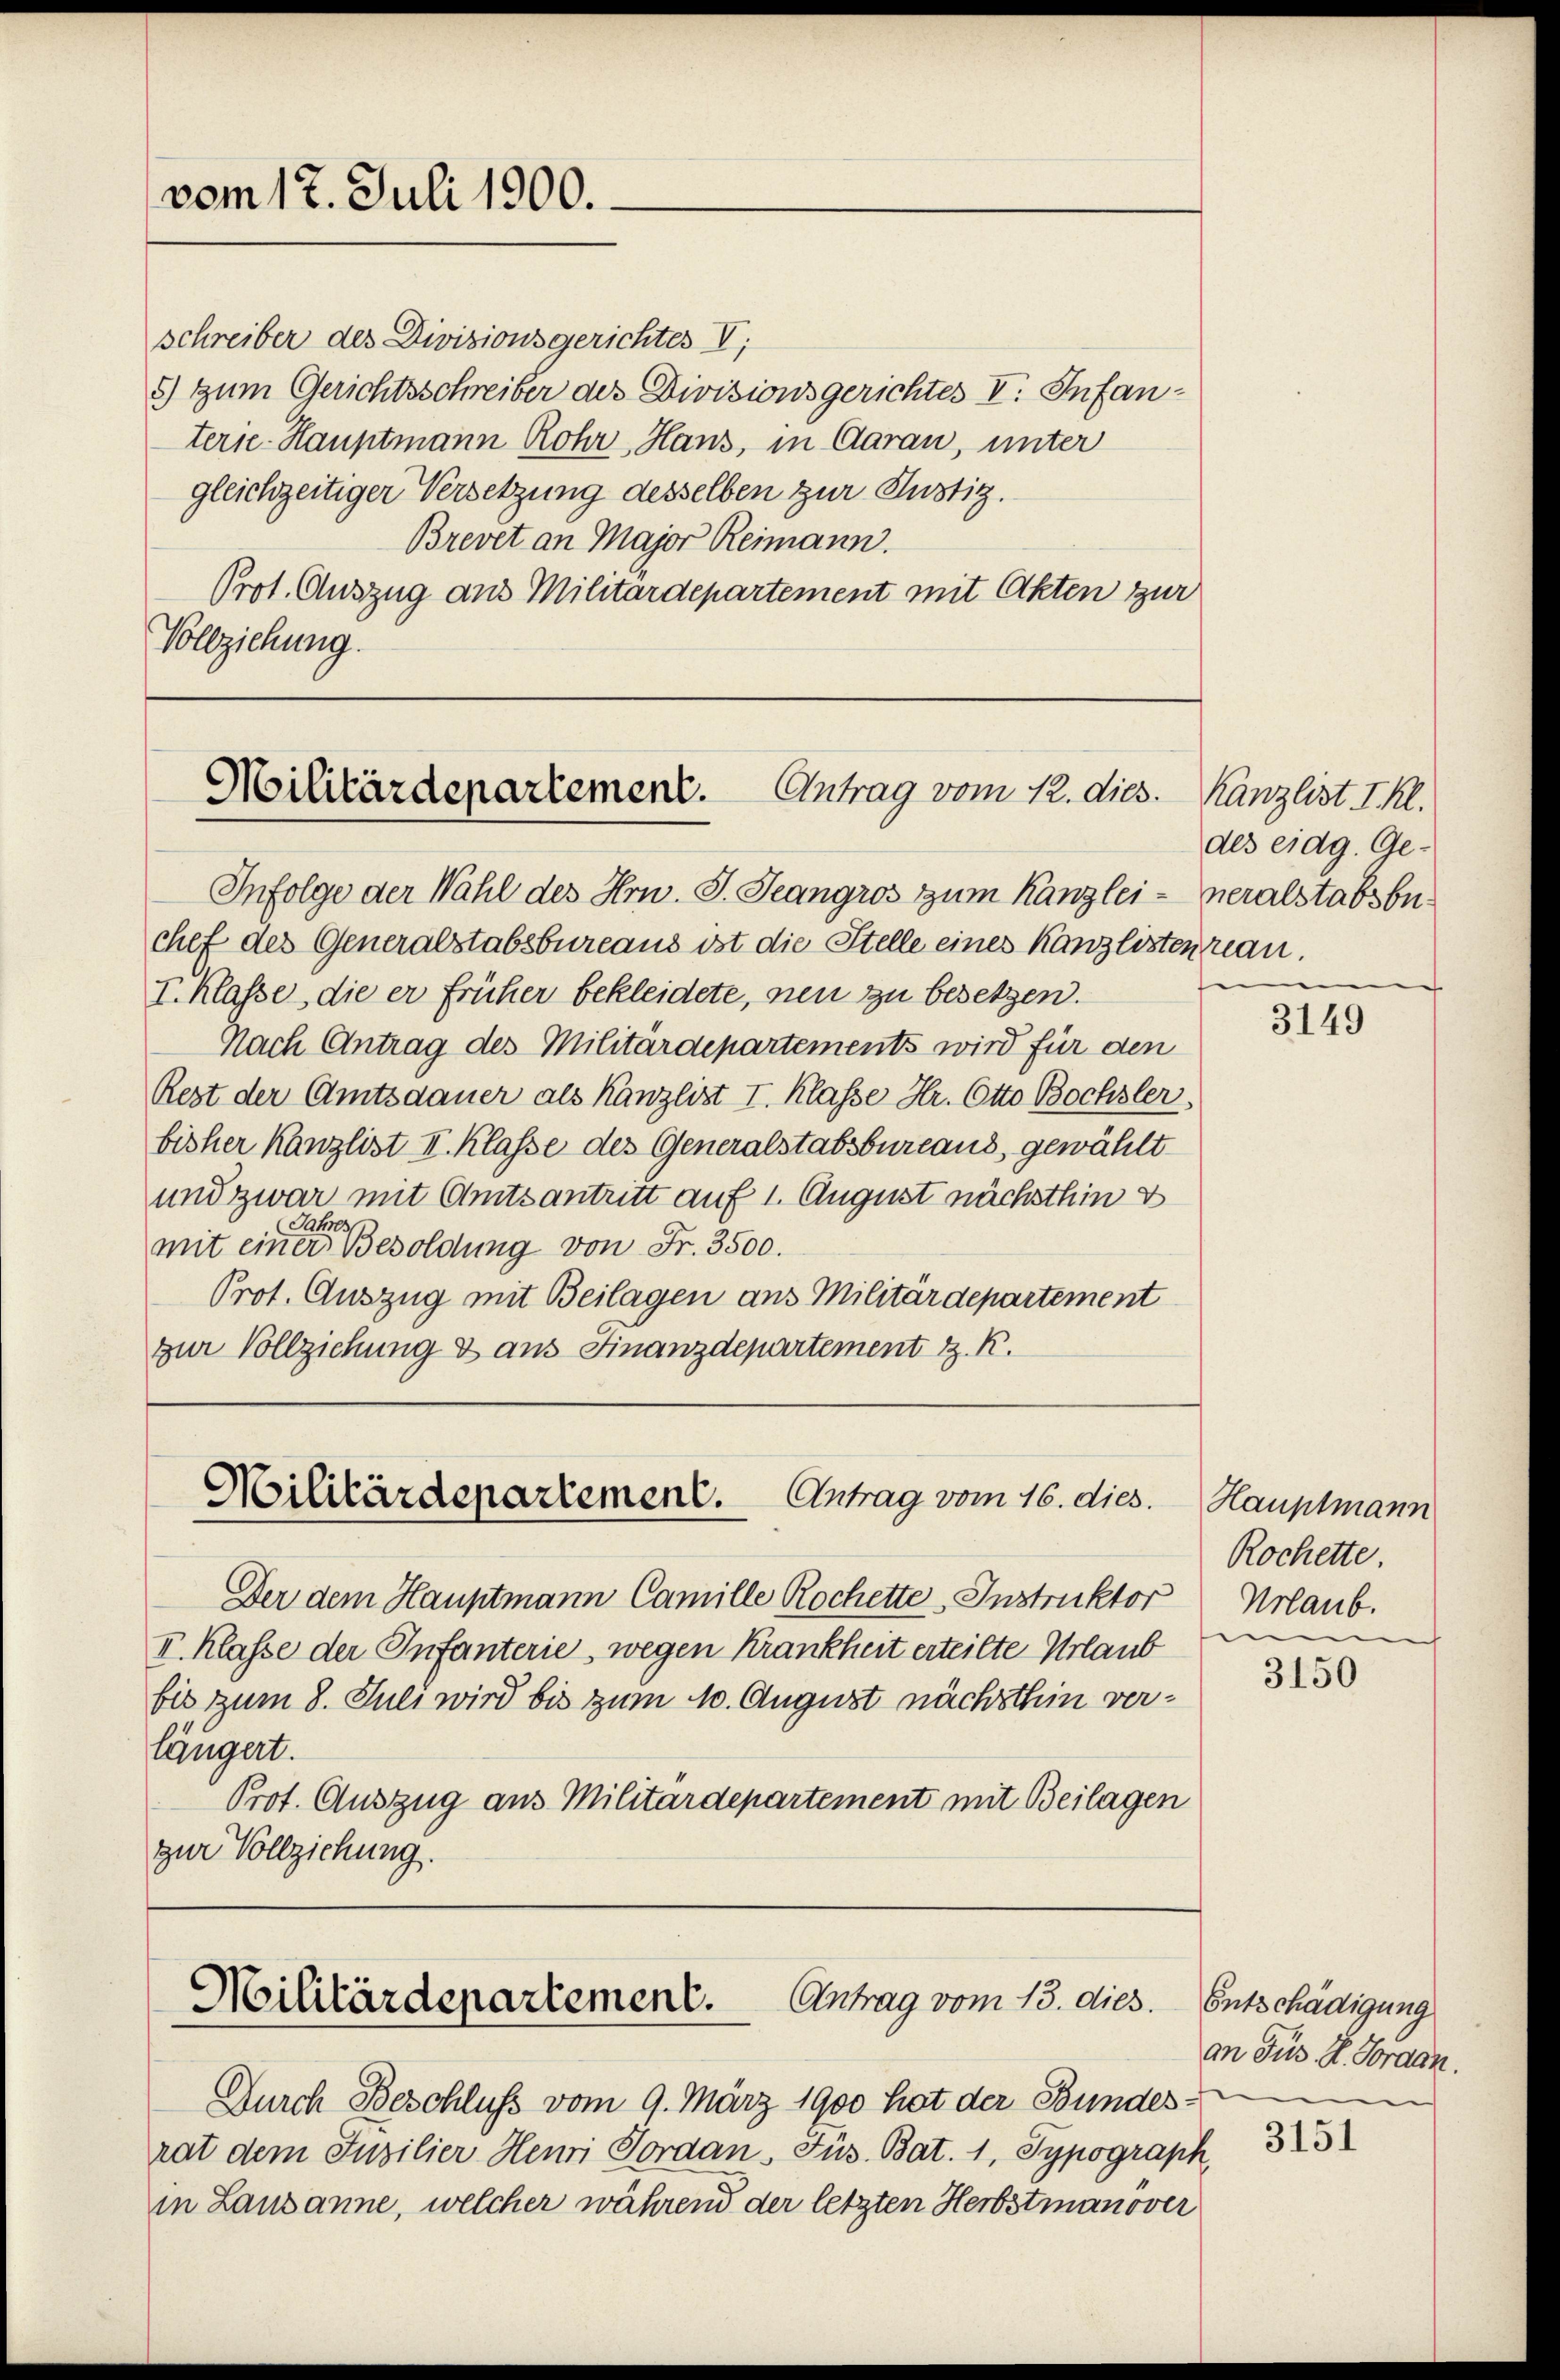
vom 17. Juli 1900.

schreiber des Divisionsgerichtes V
5) Zum Gerichtsschreiber des Divisionsgerichtes V. Infanterie. Hauptmann Rohr Haus, in Aarau, unter
gleichzeitiger Versetzung desselben zur Justiz.
Brevet an Major Reimann.
Prot. Auszug aus Militärdepartement mit Akten zur
Vollziehung.

Militärdepartement. Antrag vom 12. dies.

Militärdepartement.
Antrag vom 16. dies.

Militärdepartement. Antrag vom 13. dies.

Infolge der Wahl des Hrn. J. Jeangros zum Kanzleichef des Generalstabsbureaus ist die Stelle eines Kanzlisten rean.
I. Klasse, die er früher bekleidete, neu zu besetzen.
Nach Antrag des Militärdepartements wird für den
Rest der Amtsdauer als Kanzlist I. Klasse Hr. Otto Bochsler,
bisher Kanzlist II. Klasse des Generalstabsbureaus, gewählt
und zwar mit Amtsantritt auf 1. August nächsthin d
ahe
mit einer Besoldung von Fr. 3500.
Prot. Auszug mit Beilagen aus Militärdepartement
zur Vollziehung & aus Finanzdepartement z. R.

Durch Beschluss vom 9. März 1900 hat der Bundes
rat dem Insilier Heuri Jordan, Füs. Bat. 1, Typograph,
in Lausanne, welcher während der letzten Herbstmanover

Der dem Hauptmann Camille Rochette Instruktor
I. Klasse der Infanterie wegen Krankheit erteilte Urlaub
bis zum 8. Juli wird bis zum 10. August nächsthin ver¬

längert.
Prot. Auszug aus Militärdepartement mit Beilagen
zur Vollziehung.

Kanzlist I. Kl.
des eidg. Ge-
neralstabsbu

3149

Hauptmann
Rochette.
Urlaub.
e
e

3150

Entschädigung
an Füs. H. Forden.
3151